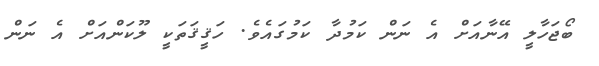
ބޯޖަހާލީ އޭނާއަށް އެ ނަން ކަމުދާ ކަމުގައެވެ. ހަޤީޤަތަކީ ލޫކަންއަށް އެ ނަން